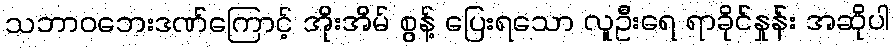
သဘာဝဘေးဒဏ်ကြောင့် အိုးအိမ် စွန့် ပြေးရသော လူဦးရေ ရာခိုင်နှုန်း အဆိုပါ